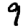
Digit: 9